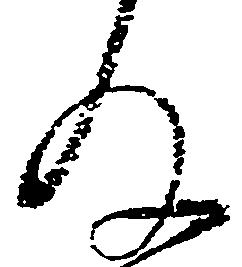
為